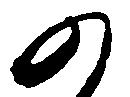
の